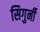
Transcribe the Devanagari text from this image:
सिगुर्नी